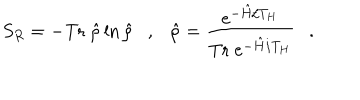
LaTeX: S _ { R } = - \mathrm { T r } ~ \hat { \rho } \ln \hat { \rho } , \hat { \rho } = { \frac { e ^ { - \hat { H } / T _ { H } } } { \mathrm { T r } ~ e ^ { - \hat { H } / T _ { H } } } } .